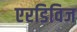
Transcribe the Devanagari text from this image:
एरडिविज